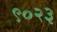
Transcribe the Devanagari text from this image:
९०२३